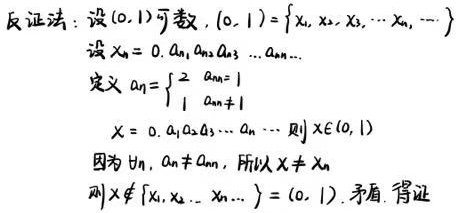
反证法：设\((0,1)\)可数，\((0,1)=\{x_1,x_2,x_3,\cdots,x_n,\cdots\}\)
设\(x_n = 0.a_{n1}a_{n2}a_{n3}\cdots a_{nn}\cdots\)
定义\(a_n=\begin{cases}2&a_{nn}=1\\1&a_{nn}\neq1\end{cases}\)
\(x = 0.a_1a_2a_3\cdots a_n\cdots\) 则 \(x\in(0,1)\)
因为 \(\forall n\)，\(a_n\neq a_{nn}\)，所以 \(x\neq x_n\)
则 \(x\notin\{x_1,x_2,\cdots,x_n,\cdots\}=(0,1)\)，矛盾，得证